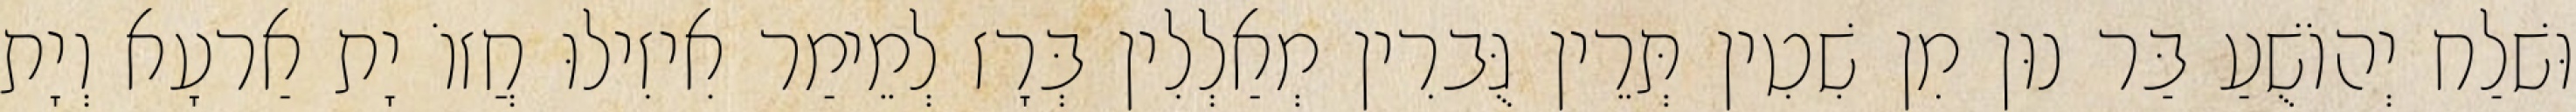
וּשׁלַח יְהוֹשֻׁעַ בַּר נוּן מִן שִׁטִין תְּרֵין גֻּברִין מְאַלְלִין בְּרָז לְמֵימַר אִיזִילוּ חֲזוֹ יָת אַרעָא וְיָת